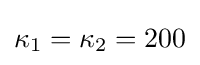
\kappa _{1}=\kappa _{2}=200